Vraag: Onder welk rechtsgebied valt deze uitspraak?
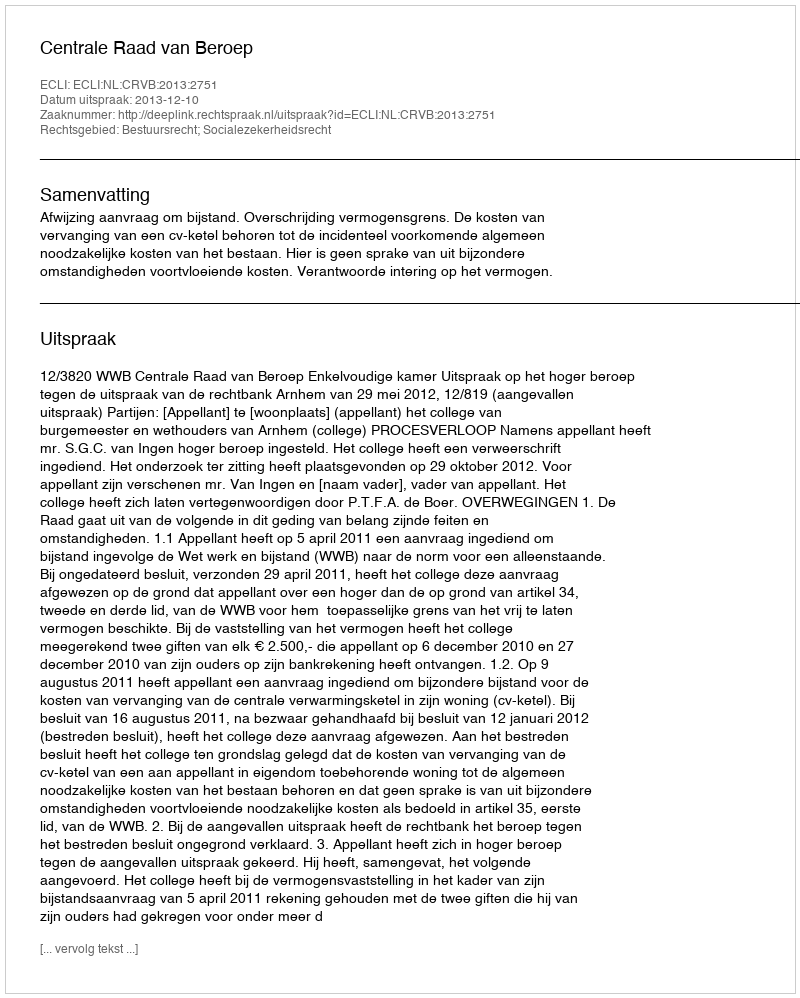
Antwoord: Bestuursrecht; Socialezekerheidsrecht